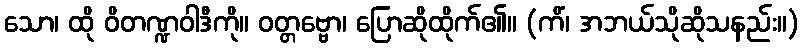
သော၊ ထို ဝိတဏ္ဍဝါဒီကို။ ဝတ္တဗ္ဗော၊ ပြောဆိုထိုက်၏။ (ကိံ၊ အဘယ်သိုဆိုသနည်း။)